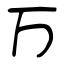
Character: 万